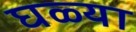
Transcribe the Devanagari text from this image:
घळ्या